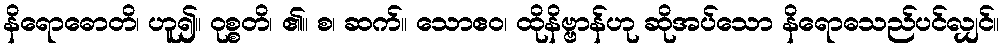
နိရောဓောတိ၊ ဟူ၍။ ဝုစ္စတိ၊ ၏။ စ၊ ဆက်။ သောဧဝ၊ ထိုနိဗ္ဗာန်ဟု ဆိုအပ်သော နိရောဓသည်ပင်လျှင်။